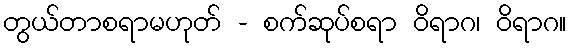
တွယ်တာစရာမဟုတ် - စက်ဆုပ်စရာ ဝိရာဂ၊ ဝိရာဂ။